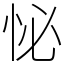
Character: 怭